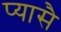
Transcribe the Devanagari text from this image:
प्यासै